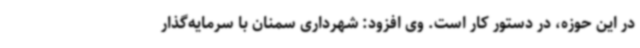
در این حوزه، در دستور کار است. وی افزود: شهرداری سمنان با سرمایه‌گذار